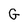
Character: G